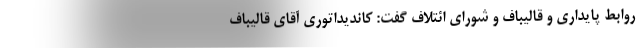
روابط پایداری و قالیباف و شورای ائتلاف گفت: کاندیداتوری آقای قالیباف